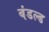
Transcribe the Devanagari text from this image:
बंडल्ड